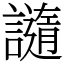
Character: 䜔